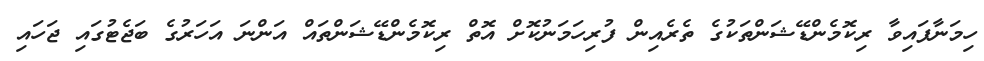
ހިމަނާފައިވާ ރިކޮމެންޑޭޝަންތަކުގެ ތެރެއިން ފުރިހަމަނުކޮށް އޮތް ރިކޮމެންޑޭޝަންތައް އަންނަ އަހަރުގެ ބަޖެޓުގައި ޖަަހައި